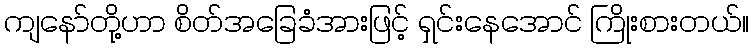
ကျနော်တို့ဟာ စိတ်အခြေခံအားဖြင့် ရှင်းနေအောင် ကြိုးစားတယ်။